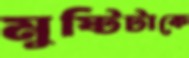
মুষ্টিটাকে